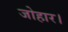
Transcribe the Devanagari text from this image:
जोहार।